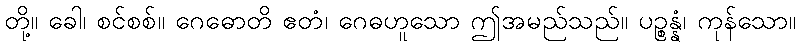
တို့။ ခေါ၊ စင်စစ်။ ဂေဓောတိ ဧတံ၊ ဂေဓဟူသော ဤအမည်သည်။ ပဉ္စန္နံ၊ ကုန်သော။